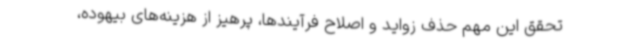
تحقق این مهم حذف زواید و اصلاح فرآیندها، پرهیز از هزینه‌های بیهوده،